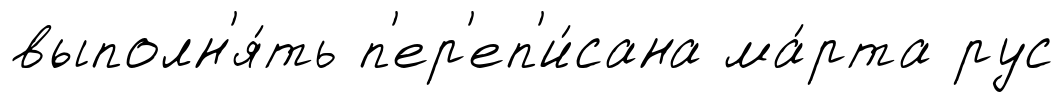
выполн'я́ть п'ер'еп'и́сана ма́рта рус